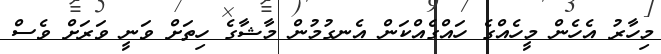
މިހާރު އެހެން މީހެއްގެ ހައްގެއްކަން އެނގުމުން މާޝާގެ ހިތަށް ވަނީ ވަރަށް ވެސް